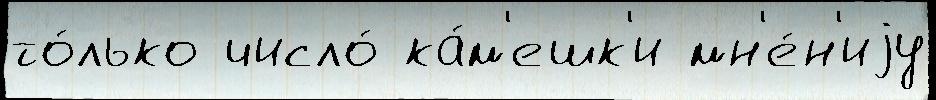
то́лько число́ ка́м'ешк'и мн'е́н'иjу